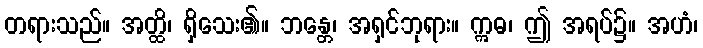
တရားသည်။ အတ္ထိ၊ ရှိသေး၏။ ဘန္တေ၊ အရှင်ဘုရား။ ဣဓ၊ ဤ အရပ်၌။ အဟံ၊